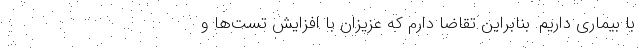
با بیماری داریم. بنابراین تقاضا دارم که عزیزان با افزایش تست‌ها و